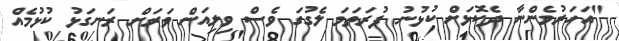
"އަހަރުމެންނާ ދެކޮޅަށް ކުޅުނު ފުރަތަމަ ލެގުގަ ވެސް ވިލިއަން ވަރަށް ރަނގަޅު ކުޅުމެއް